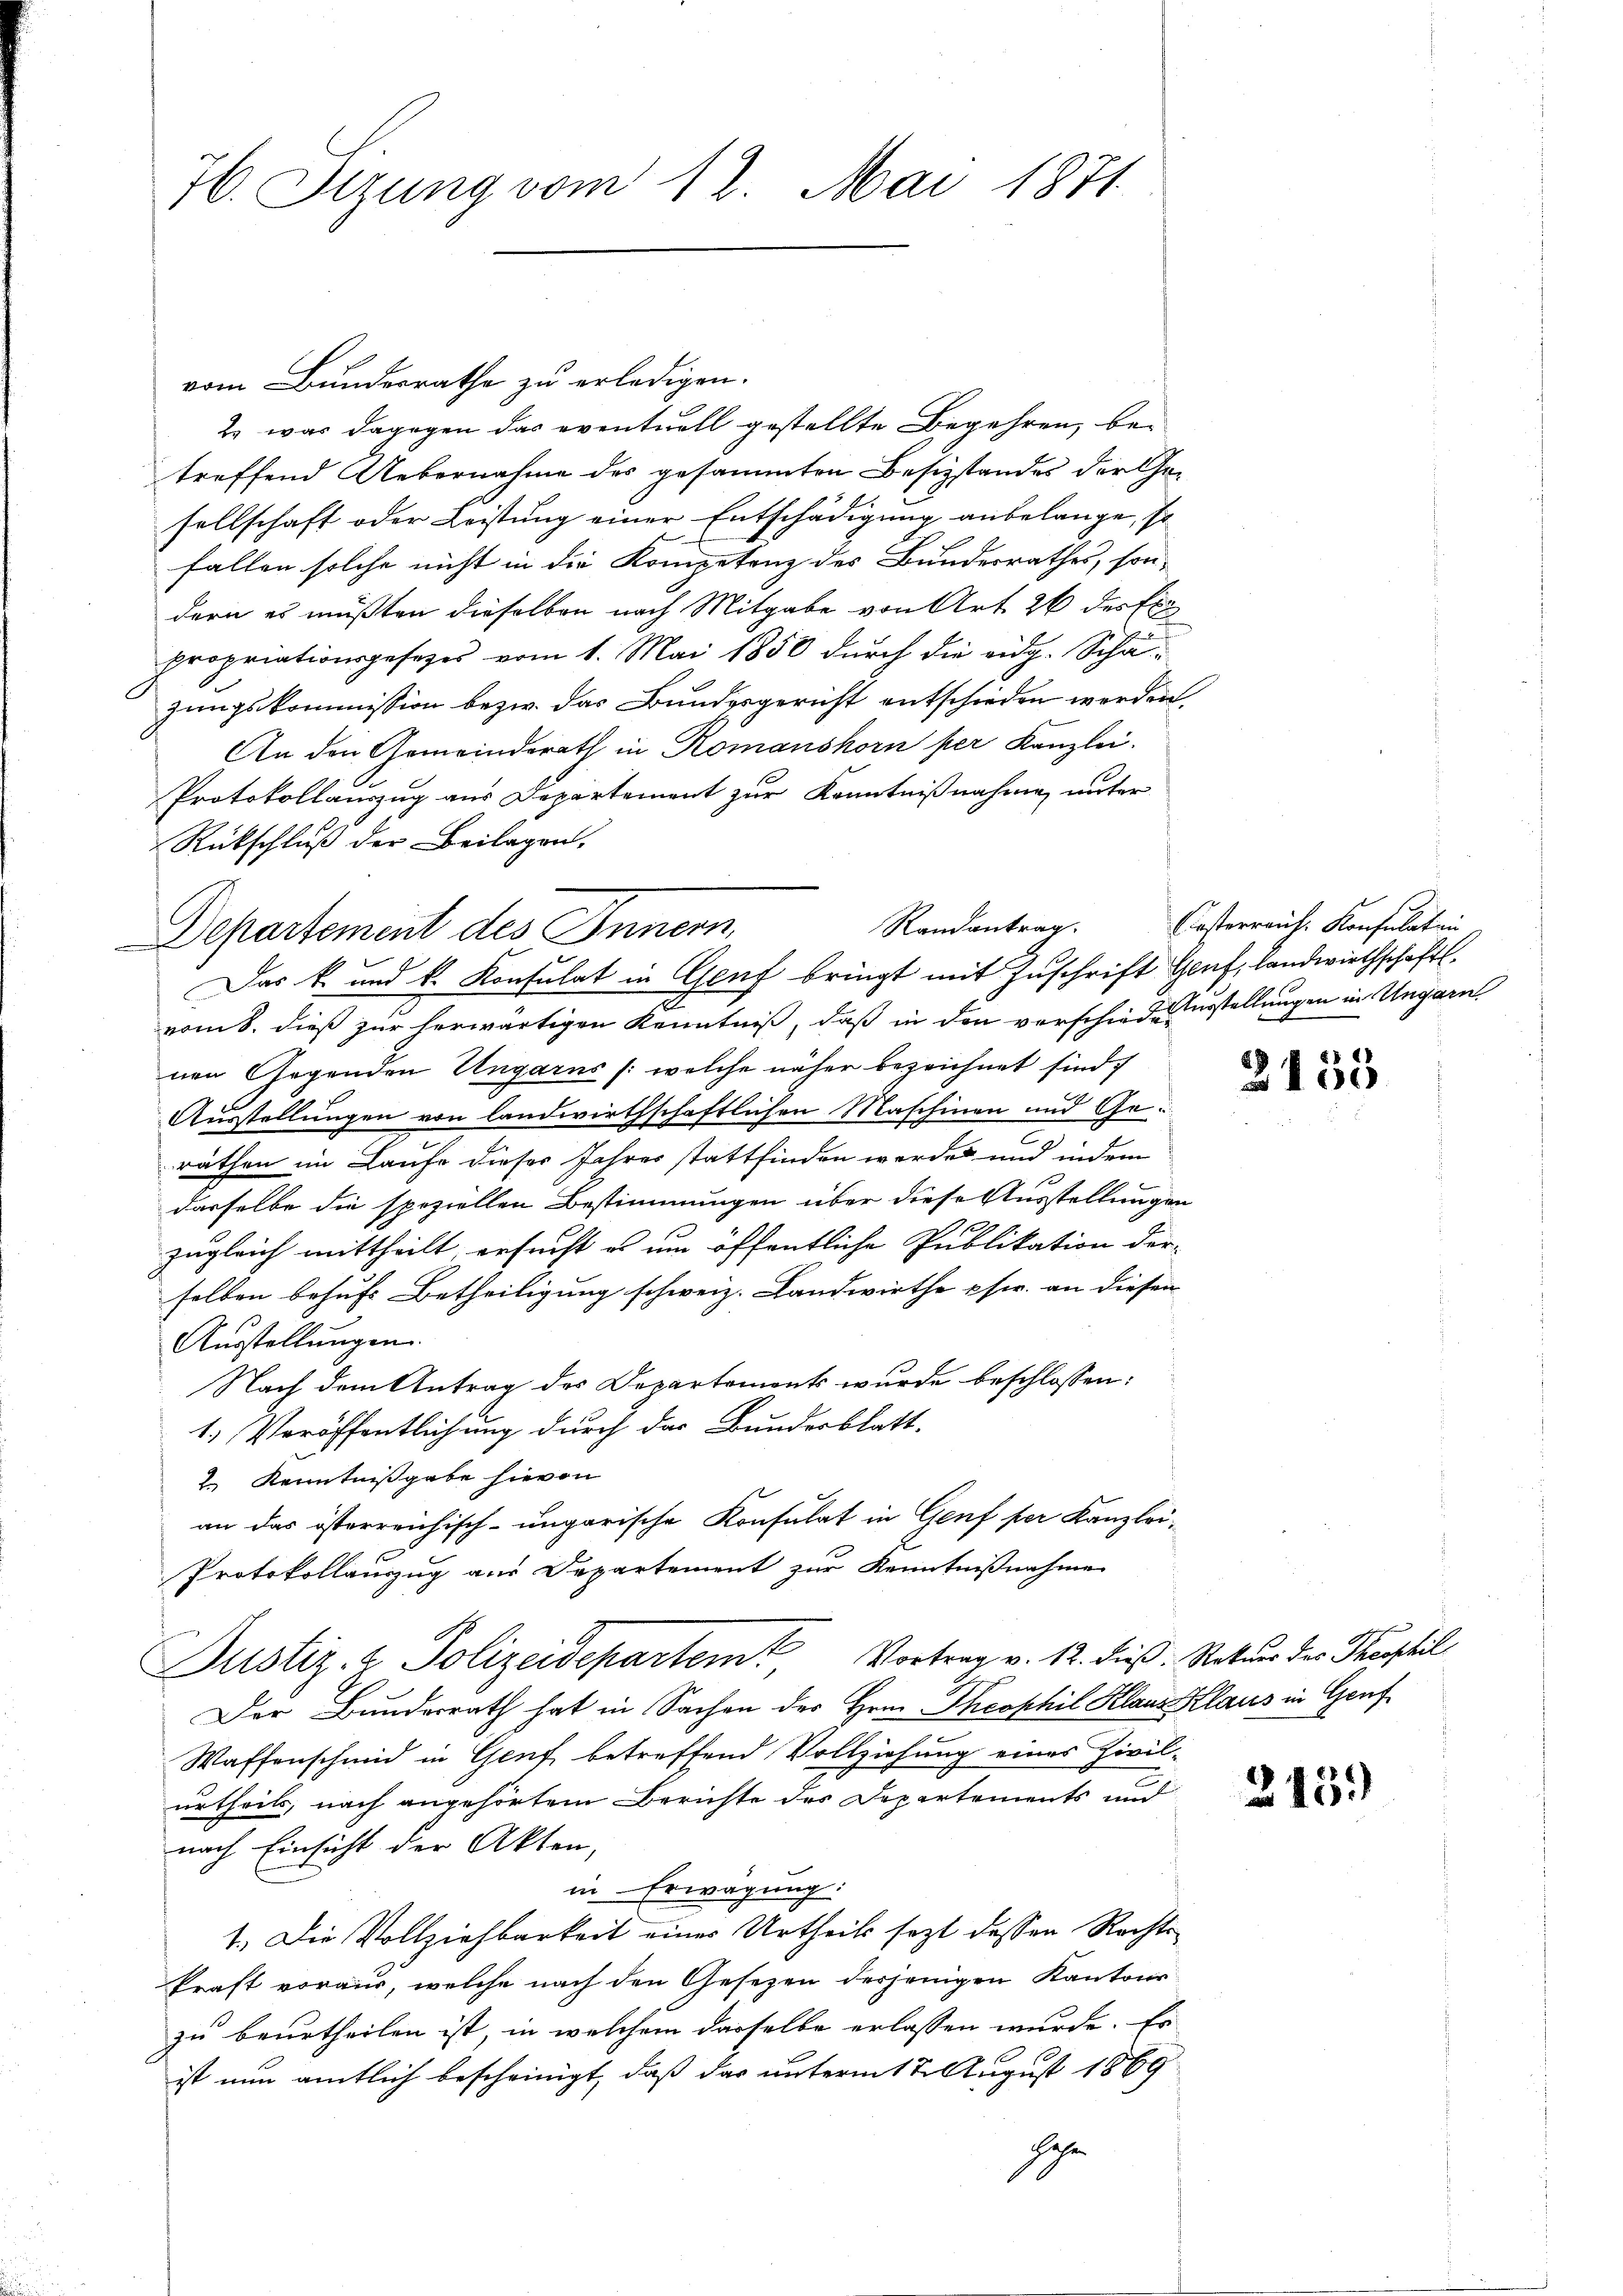
H6. Sizung vom 12. Mai 1871

vom Bundesrathe zu erledigen.
2. was dagegen das eventuell gestellte Begehren, betreffend Uebernahme des gesammten Besizstandes der Gesellschaft oder Leistung einer Entschädigung anbelange, so
fallen solche nicht in die Kompetenz des Bundesrathes, sondern es müßten dieselben nach Mitgabe von Art. 26 des El
propriationsgesetzes vom 1. Mai 1850 durch die eidg. Schäzungskommission bezw. das Bundesgericht entschieden werden.
An den Gemeinderath in Romanshorn per Kanzlei.
Protokollauszug aus Departement zur Kenntnißnahme unter
Rückschluß der Beilagen.
Departement des Innern,
Das k. und k. Konsulat in Genf bringt mit Zuschrift Genf, landwirthschaft.
vom 8. dieß zur herwärtigen Kenntniß, daß in den verschiederstellungen in Ungarn
nen Gegenden Ungarns /: welche näher bezeichnet sind.
Ausstellungen von landwirthschaftlichen Maschinen und Geräthen im Laufe dieses Jahres stattfinden werde und indem
dasselbe die speziellen Bestimmungen über diese Ausstellungen

zugleich mittheilt ersucht es um öffentliche Publikation derselben behufs Betheiligung schweiz. Landwirthe pfer. an diesen
Ausstellungen.
Nach dem Antrag des Departements wurde beschlossen:
1.) Veröffentlichung durch das Bundesblatt.
2 Kenntnißgabe hievon
an das österreichisch-ungarische Konsulat in Genf per Kanzlei-
Protokollauszug aus Departement zur Kenntnißnahme
Justiz- & Polizeidepartem Vortrag v. 12. dieß. Natur des Trostil
Der Bunderrath hat in Sachen der Hrrn. Theophil Klaus Klaus in Genf
Waffenschmid in Genf betreffend Vollziehung eines Zivilurtheils, nach angehörtem Berichte des Departements und
nach Einsicht der Akten,
in Erwägung:
1. Die Vollziehbarkeit einer Urtheils sezt dessen Rechte
kraft voraus, welche nach den Gesezen derjenigen Kantons
zu beurtheilen ist, in welchem dasselbe erlassen wurde. Es
ist nun amtlich bescheinigt, daß das unterm 12. August 1869
sehe

Randantrag.

Casterreich. Konsulaten

3155

245)